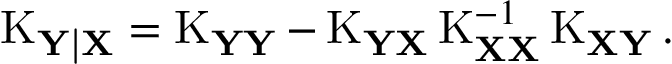
\operatorname { K } _ { \mathbf { Y | X } } = \operatorname { K } _ { \mathbf { Y Y } } - \operatorname { K } _ { \mathbf { Y X } } \operatorname { K } _ { \mathbf { X X } } ^ { - 1 } \operatorname { K } _ { \mathbf { X Y } } .